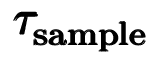
\pmb { \tau _ { \mathrm { s a m p l e } } }